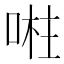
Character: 𭈴